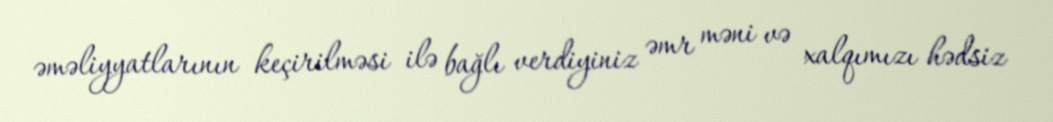
əməliyyatlarının keçirilməsi ilə bağlı verdiyiniz əmr məni və xalqımızı hədsiz